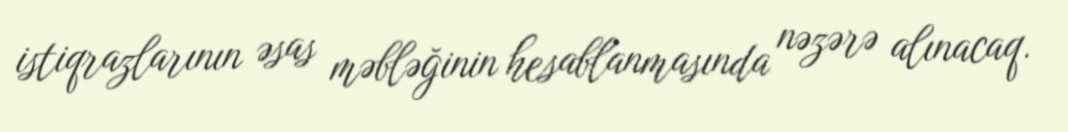
istiqrazlarının əsas məbləğinin hesablanmasında nəzərə alınacaq.